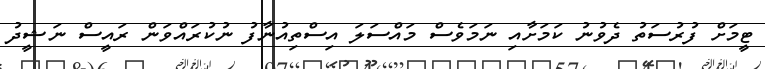
ޓީމަށް ފުރުސަތު ދެވުނު ކަމަށާއި ނަމަވެސް މައްސަލަ އިސްތިއުނާފު ނުކުރައްވަން ރައީސް ނަޝީދު